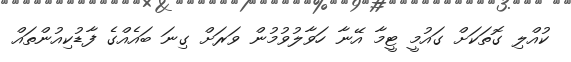
ކުއްލި ގޮތަކަށް ގައުމީ ޓީމާ އޭނާ ހަވާލުވުމުން ވަރަށް ގިނަ ބައެއްގެ ފާޑުކިއުންތައް